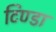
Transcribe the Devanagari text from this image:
टिण्डा